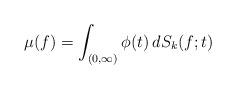
LaTeX: \begin{align*}\mu(f)=\int_{(0,\infty)}\phi(t)\,dS_k(f;t)\end{align*}